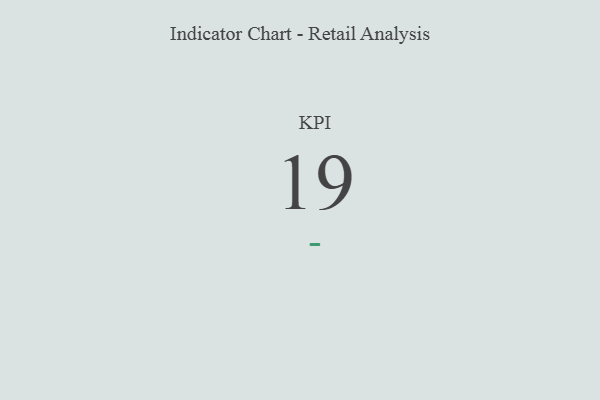
{"axis": {"x": "KPI", "y": "Value"}, "legend": [""], "data": [{"x": "KPI", "y": 19, "type": ""}]}